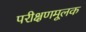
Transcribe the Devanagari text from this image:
परीक्षणमूलक